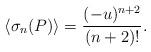
LaTeX: \begin{align*}\langle \sigma_{n}(P)\rangle={(-u)^{n+2}\over (n+2)!}.\end{align*}